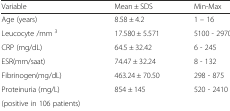
<table><thead><tr><td><b>Variable</b></td><td><b>Mean ± SDS</b></td><td><b>Min-Max</b></td></tr></thead><tbody><tr><td>Age (years)</td><td>8.58 ± 4.2</td><td>1 – 16</td></tr><tr><td>Leucocyte /mm <sup>3</sup></td><td>17.580 ± 5.571</td><td>5100 - 29700</td></tr><tr><td>CRP (mg/dL)</td><td>64.5 ± 32.42</td><td>6 - 245</td></tr><tr><td>ESR(mm/saat)</td><td>74.47 ± 32.24</td><td>8 - 132</td></tr><tr><td>Fibrinogen(mg/dL)</td><td>463.24 ± 70.50</td><td>298 - 875</td></tr><tr><td>Proteinuria (mg/L)</td><td rowspan="2">854 ± 145</td><td rowspan="2">520 - 2410</td></tr><tr><td>(positive in 106 patients)</td></tr></tbody></table>